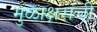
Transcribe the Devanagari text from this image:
मुळाक्षरांची